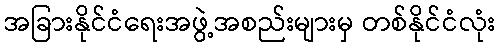
အခြားနိုင်ငံရေးအဖွဲ့အစည်းများမှ တစ်နိုင်ငံလုံး